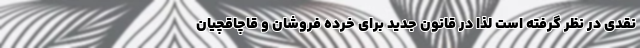
نقدی در نظر گرفته است لذا در قانون جدید برای خرده فروشان و قاچاقچیان